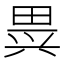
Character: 𱰶